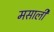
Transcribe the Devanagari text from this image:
मसाली